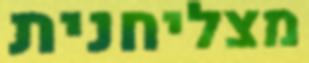
מצליחנית